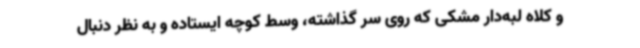
و کلاه لبه‌دار مشکی که روی سر گذاشته، وسط کوچه ایستاده و به نظر دنبال